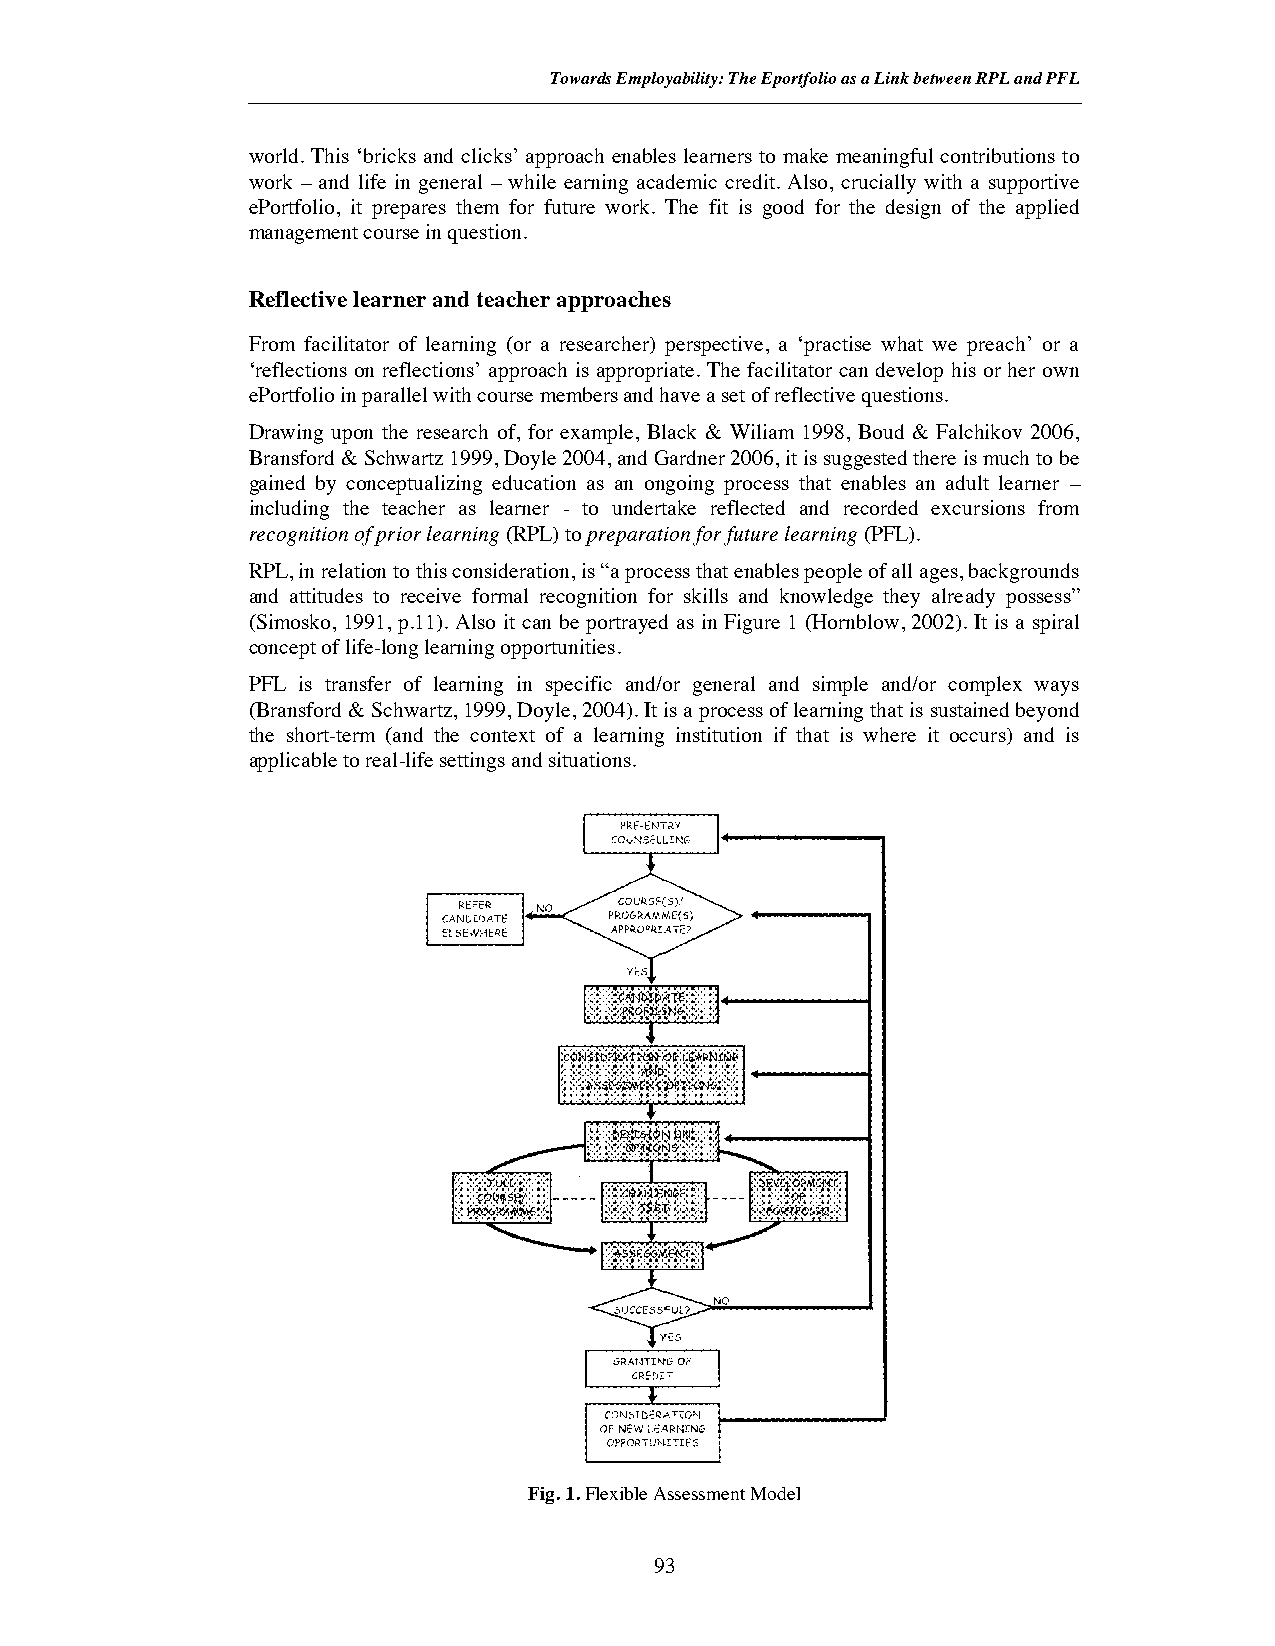
Towards Employability: The Eportfolio as a Link between RPL and PFL
 world. This ‘bricks and clicks’ approach enables learners to make meaningful contributions to
 work – and life in general – while earning academic credit. Also, crucially with a supportive
 ePortfolio, it prepares them for future work. The fit is good for the design of the applied
 management course in question.
 Reflective learner and teacher approaches
 From facilitator of learning (or a researcher) perspective, a ‘practise what we preach’ or a
 ‘reflections on reflections’ approach is appropriate. The facilitator can develop his or her own
 ePortfolio in parallel with course members and have a set of reflective questions.
 Drawing upon the research of, for example, Black & Wiliam 1998, Boud & Falchikov 2006,
 Bransford & Schwartz 1999, Doyle 2004, and Gardner 2006, it is suggested there is much to be
 gained by conceptualizing education as an ongoing process that enables an adult learner –
 including the teacher as learner - to undertake reflected and recorded excursions from
 recognition of prior learning (RPL) topreparation for future learning (PFL).
 RPL, in relation to this consideration, is “a process that enables people of all ages, backgrounds
 and attitudes to receive formal recognition for skills and knowledge they already possess”
 (Simosko, 1991, p.11). Also it can be portrayed as in Figure 1 (Hornblow, 2002). It is a spiral
 concept of life-long learning opportunities.
 PFL is transfer of learning in specific and/or general and simple and/or complex ways
 (Bransford & Schwartz, 1999, Doyle, 2004). It is a process of learning that is sustained beyond
 the short-term (and the context of a learning institution if that is where it occurs) and is
 applicable to real-life settings and situations.
 Fig. 1.Flexible Assessment Model
 93